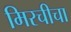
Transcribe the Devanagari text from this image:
मिरचीचा